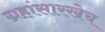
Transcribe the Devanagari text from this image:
ग्रहांसारखेच